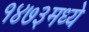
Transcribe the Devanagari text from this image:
१४७३मध्ये